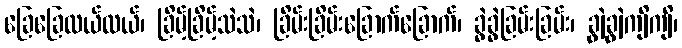
ခြေခြေလယ်လယ်၊ ခြိမ့်ခြိမ့်သဲသဲ၊ ခြိမ်းခြိမ်းခြောက်ခြောက်၊ ခွဲခွဲခြမ်းခြမ်း၊ ချွဲချွဲကျိကျိ၊